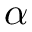
\alpha